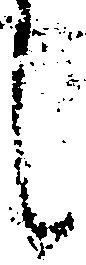
し